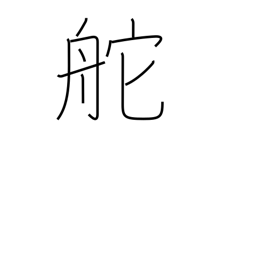
Meaning: wheel